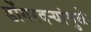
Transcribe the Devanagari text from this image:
डोंगरदऱ्यांमुळे